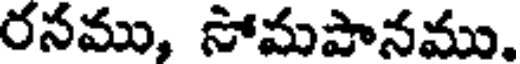
రసము, సోమపానము.